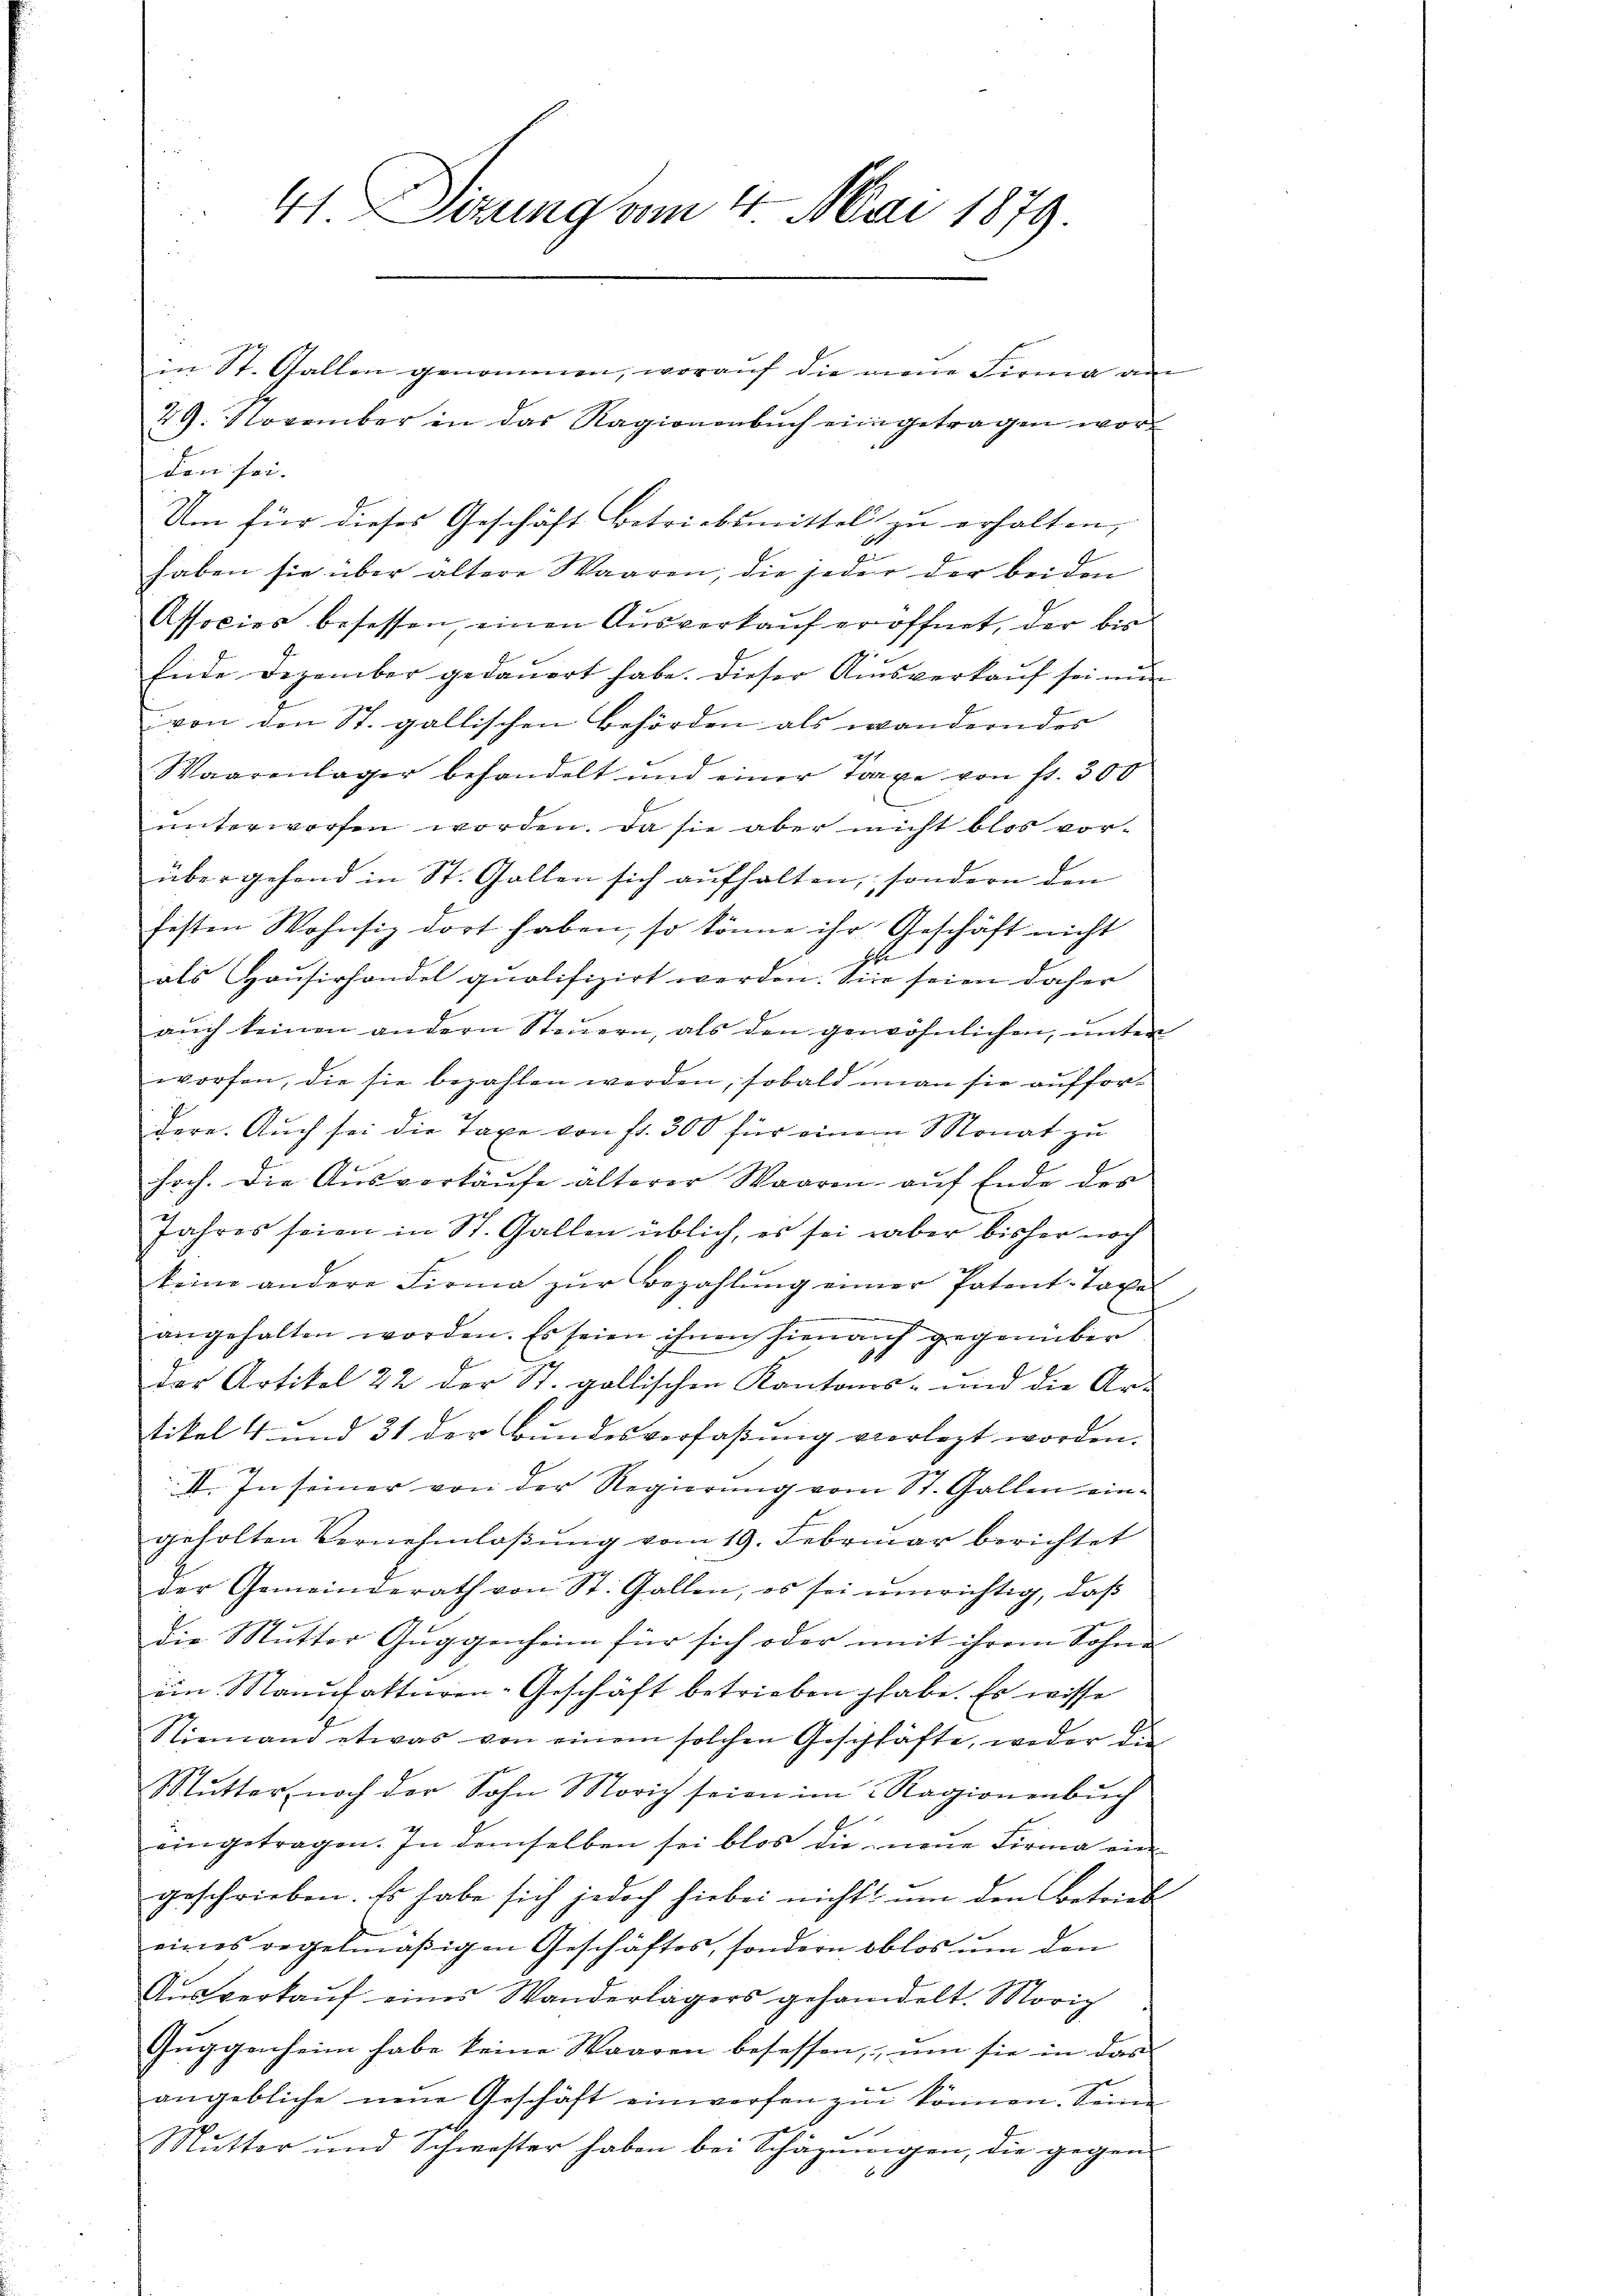
41. Sizung am 4. Mai 1879.

in St. Gallen genommen, worauf die neue Firma am
29. November in das Ragionenbuch eingetragen worden sei.
haben sie über ältere Waaren, die jeder der beiden
Associes besessen, einen Aŭsverkaŭf eröffnet, der bis
Ennde Dezember gedaŭert habe. Dieser Ausverkaŭf sei mir
von den St. gallischen Behörden als wandern des
ch
Waarenlager behandelt und einer traxe von fr. 300
unterworfen worden. Da sie aber nicht blos vorübergehend in St. Gallen sich aufhalten, sondern den
hesten Wohnsiz dort haben, so könne ihr Geschäft nicht
bebe
als Hausirhandel quolifizirt werden. Sie seien daher
aŭch keinen andern Steŭern, als den gewöhnlichen, ŭnter
worfen, die sie bezahlen werden, sobald man sie auffordere. Auch sei die Taxe von fr. 300 für einem Monat zu
hoch. Die Ausverkäufe alterer Waaren auf Ende des
Jahres seien in St. Gallen üblich, es sei aber bisher noch
keine andere Firma zŭr Bezahlung einer Patent-Taxe
d
angehalten worden. Es seien ihnen hienauf gegenüber
der Artikel 22 der St. gallischen Kantons- und die Ar-
tikel 4 und 31 der Bundesverfaßung verlegt worden.
II. In seiner von der Regierung vom St. Gallen eingeholten Vernehmlassung vom 19. Februar berichtet
der Gemeinderath von St. Gallen, es sei ŭnrichtig, daβ
die Mutter Guggenheim für sich oder mit ihrem Sohne
ein Manufakturen-Geschäft betrieben habe. Es wisse
Niemand etwas von einem solchen Geschäfte, weder die
Mutter noch der Sohn Morich seien im Ragionenbŭch
eingetragen. In demselben sei blos die neue Firma ein
geschrieben. Es habe sich jedoch hiebei nichts um den Betriebe
eines regelmäßigen Geschäftes, sondern oblos um den
Aŭsverkaŭf eines Wanderlägers gehandelt. Morig
Guggenheim habe keine Waaren besessen, um sie in das
H
angebliche neue Geschäft einwerfen zu können. Seinen
Mŭtter und Schwester haben bei Schäznagen, die gegen

Um für dieses Geschäft betriebsmittel zŭ erhalten,